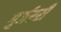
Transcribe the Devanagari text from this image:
गुर्जररी